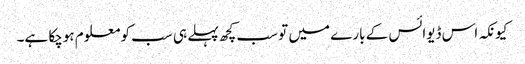
کیونکہ اس ڈیوائس کے بارے میں تو سب کچھ پہلے ہی سب کو معلوم ہوچکا ہے۔